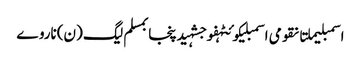
اسمبلیملتانقومی اسمبلیکوئٹہفوجشہیدپنجابمسلم لیگ (ن)ناروے